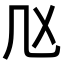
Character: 𠘰